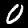
Label: 0